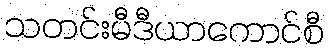
သတင်းမီဒီယာကောင်စီ